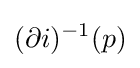
(\partial i)^{-1}(p)